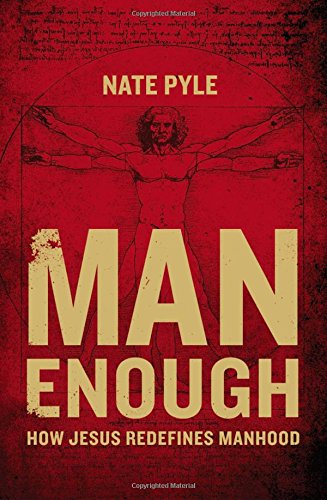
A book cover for Man Enough: How Jesus Redefines Manhood; Nate Pyle; Christian Books & Bibles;